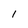
Character: l